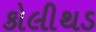
કોલીથડ